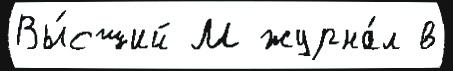
Вы́сший М журна́л в